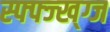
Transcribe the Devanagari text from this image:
स्फ्फ्ज्ख्ग्ज